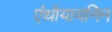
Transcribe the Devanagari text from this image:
एंथोयायनिन